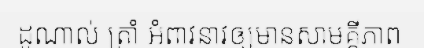
ដូណាល់ ត្រាំ អំពាវនាវឲ្យមានសាមគ្គីភាព